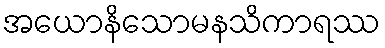
အယောနိသောမနသိကာရဿ